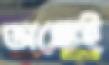
অঙ্কেই